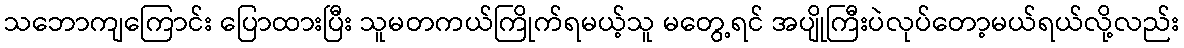
သဘောကျကြောင်း ပြောထားပြီး သူမတကယ်ကြိုက်ရမယ့်သူ မတွေ့ရင် အပျိုကြီးပဲလုပ်တော့မယ်ရယ်လို့လည်း